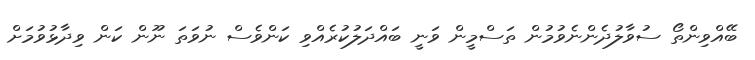
ބޭއްވިންތޯ ސުވާލުދެންނެވުމުން ތަސްމީން ވަނީ ބައްދަލުކުރެއްވި ކަންވެސް ނުވަތަ ނޫން ކަން ވިދާޅުވުމަށް